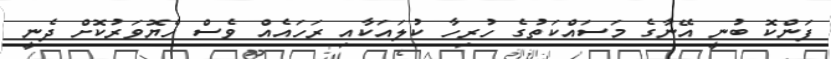
ފަންކޮ ބުނީ އޭނާގެ މަސައްކަތުގެ ހުރިހާ ކުލައަކާއި ރަހައެއް ވެސް ހެޔޮވަރުކޮށް ދެނީ